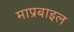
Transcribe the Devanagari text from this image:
माप्रबाइल